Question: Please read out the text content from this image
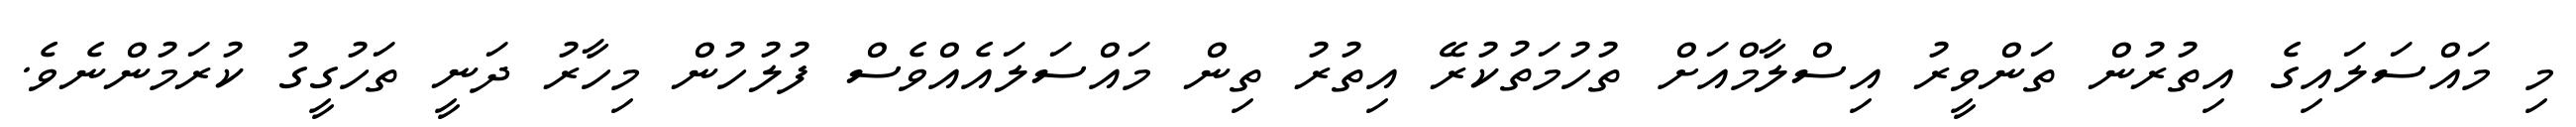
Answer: މި މައްސަލައިގެ އިތުރުން ތަންވީރު އިސްލާމްއަށް ތުހުމަތުކުރޭ އިތުރު ތިން މައްސަލައެއްވެސް ފުލުހުން މިހާރު ދަނީ ތަހުގީގު ކުރަމުންނެވެ.